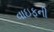
વાઇફની